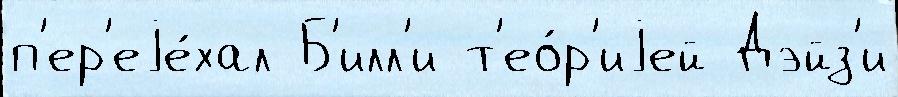
п'ер'еjе́хал Б'илл'и т'ео́р'иjей Дэйз'и